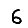
Digit: 6